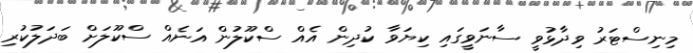
މިނިސްޓަރު ވިދާޅުވީ ސާނަވީގައި ކިޔަވާ ކުދިން އެއް ސްކޫލުން އަނެއް ސްކޫލަށް ބަދަލުކުރި